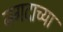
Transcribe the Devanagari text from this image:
नगदाच्या